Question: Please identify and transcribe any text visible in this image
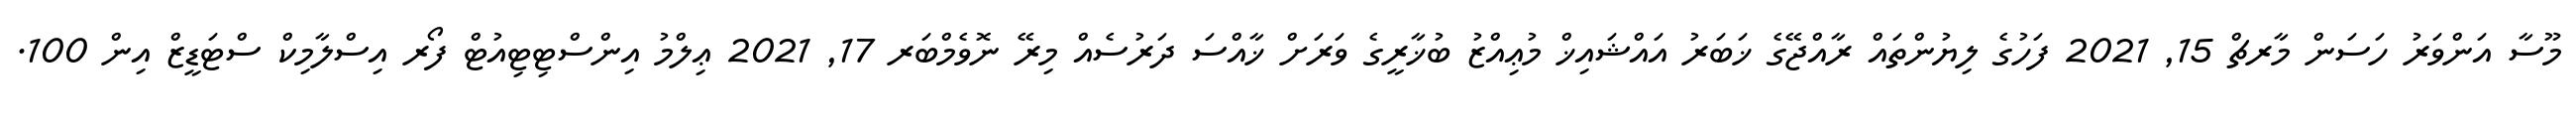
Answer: މޫސާ އަންވަރު ހަސަން މާރޗް 15, 2021 ފަހުގެ ލިޔުންތައް ރާއްޖޭގެ ޚަބަރު އައްޝައިޚް މުޢިއްޒު ބުޚާރީގެ ވަރަށް ޚާއްސަ ދަރުސެއް މިރޭ ނޮވެމްބަރ 17, 2021 ޢިލްމު އިންސްޓިޓިއުޓް ފޯރ އިސްލާމިކް ސްޓަޑީޒް އިން 100.